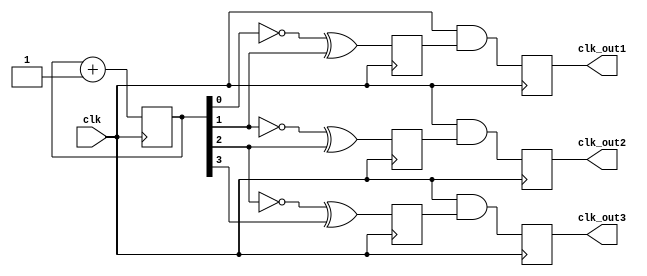
module Johnson_Counter_Clock_Divider (
    input wire clk,
    output reg clk_out1,
    output reg clk_out2,
    output reg clk_out3,
    // Add more output clocks as needed
);

reg [3:0] counter;
reg q1, q2, q3; // Add more q variables as needed

always @(posedge clk) begin
    counter <= counter + 1;
    q1 <= ~counter[0] ^ counter[1];
    q2 <= ~counter[1] ^ counter[2];
    q3 <= ~counter[2] ^ counter[3];
    // Add more q equations as needed

    clk_out1 <= clk & q1;
    clk_out2 <= clk & q2;
    clk_out3 <= clk & q3;
    // Assign more output clocks as needed
end

endmodule